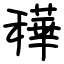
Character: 䅿